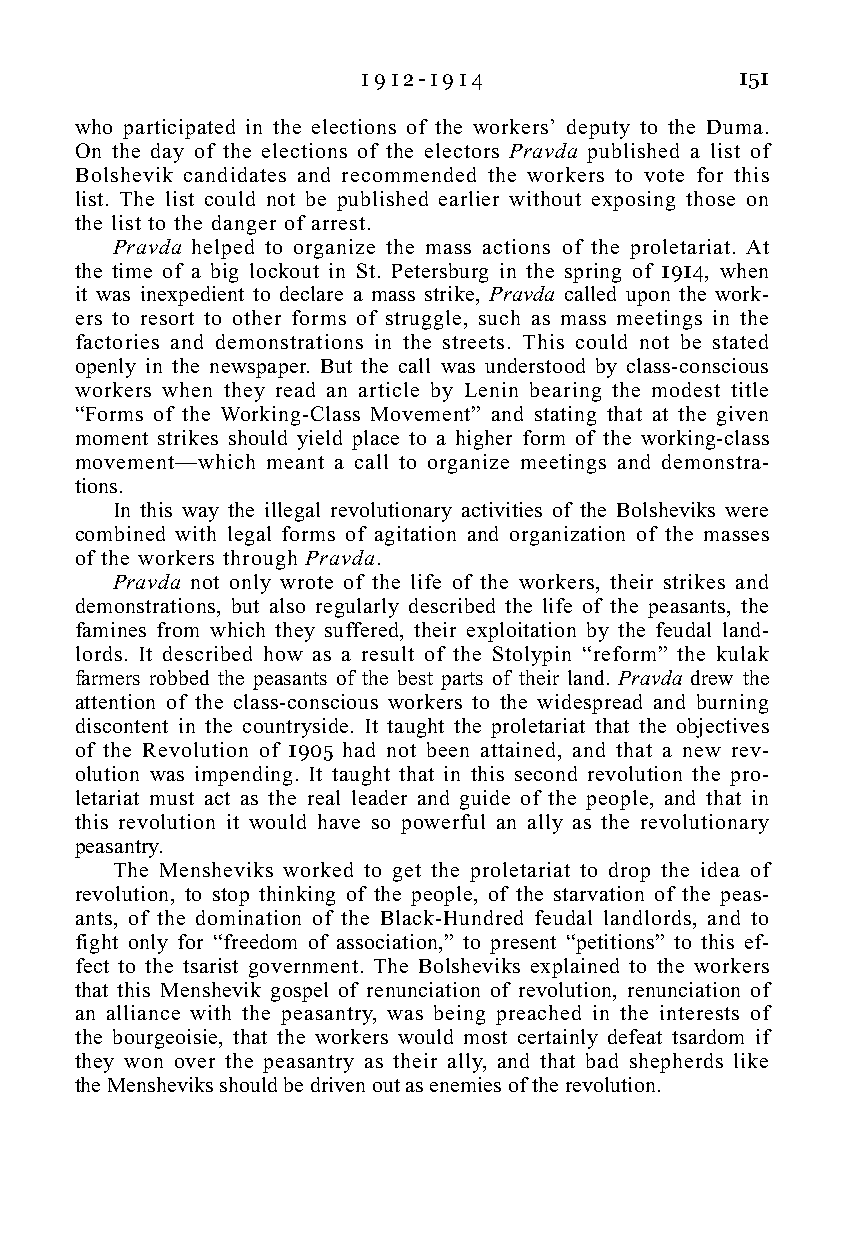
1 9 1 2 - 1 9 1 4        151
 who participated in the elections of the workers’ deputy to the Duma.
 On the day of the elections of the electors Pravda published a list of
 Bolshevik candidates and recommended the workers to vote for this
 list. The list could not be published earlier without exposing those on
 the list to the danger of arrest.
 Pravda helped to organize the mass actions of the proletariat. At
 the time of a big lockout in St. Petersburg in the spring of 1914, when
 it was inexpedient to declare a mass strike, Pravda called upon the work-
 ers to resort to other forms of struggle, such as mass meetings in the
 factories and demonstrations in the streets. This could not be stated
 openly in the newspaper. But the call was understood by class-conscious
 workers when they read an article by Lenin bearing the modest title
 “Forms of the Working-Class Movement” and stating that at the given
 moment strikes should yield place to a higher form of the working-class
 movement—which meant a call to organize meetings and demonstra-
 tions.
 In this way the illegal revolutionary activities of the Bolsheviks were
 combined with legal forms of agitation and organization of the masses
 of the workers through Pravda.
 Pravda not only wrote of the life of the workers, their strikes and
 demonstrations, but also regularly described the life of the peasants, the
 famines from which they suffered, their exploitation by the feudal land-
 lords. It described how as a result of the Stolypin “reform” the kulak
 farmers robbed the peasants of the best parts of their land. Pravda drew the
 attention of the class-conscious workers to the widespread and burning
 discontent in the countryside. It taught the proletariat that the objectives
 of the Revolution of 1905 had not been attained, and that a new rev-
 olution was impending. It taught that in this second revolution the pro-
 letariat must act as the real leader and guide of the people, and that in
 this revolution it would have so powerful an ally as the revolutionary
 peasantry.
 The Mensheviks worked to get the proletariat to drop the idea of
 revolution, to stop thinking of the people, of the starvation of the peas-
 ants, of the domination of the Black-Hundred feudal landlords, and to
 fight only for “freedom of association,” to present “petitions” to this ef-
 fect to the tsarist government. The Bolsheviks explained to the workers
 that this Menshevik gospel of renunciation of revolution, renunciation of
 an alliance with the peasantry, was being preached in the interests of
 the bourgeoisie, that the workers would most certainly defeat tsardom if
 they won over the peasantry as their ally, and that bad shepherds like
 the Mensheviks should be driven out as enemies of the revolution.